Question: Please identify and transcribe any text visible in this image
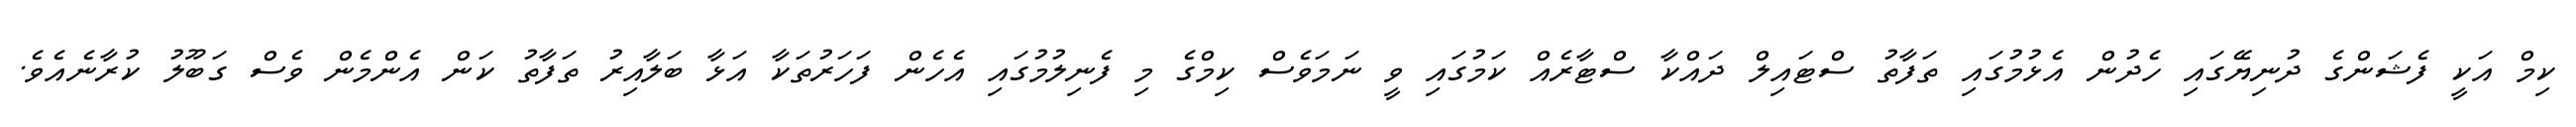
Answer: ކިމް އަކީ ފެޝަންގެ ދުނިޔޭގައި ހެދުން އެޅުމުގައި ތަފާތު ސްޓައިލް ދައްކާ ސްޓާރެއް ކަމުގައި ވީ ނަމަވެސް ކިމްގެ މި ފެނިލުމުގައި އެހެން ފަހަރުތަކާ އަޅާ ބަލާއިރު ތަފާތު ކަން އެންމެން ވެސް ގަބޫލު ކުރާނެއެވެ.